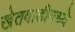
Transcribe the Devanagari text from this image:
खेतवाडीमध्ये